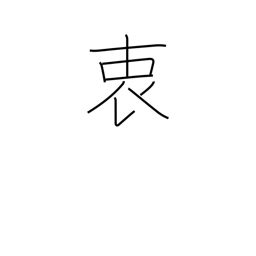
Meaning: inmost